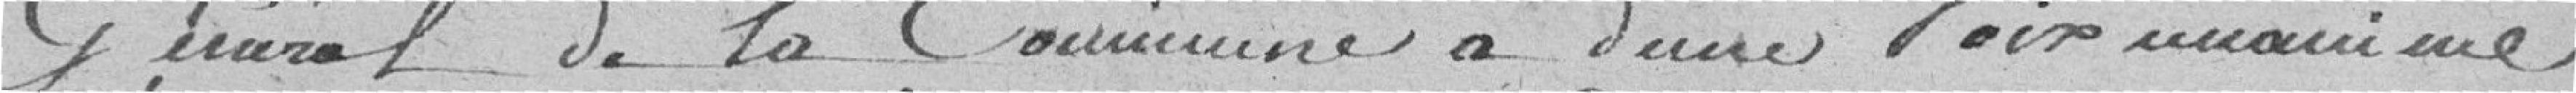
général de la commune a d'une voix unanime